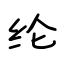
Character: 纶